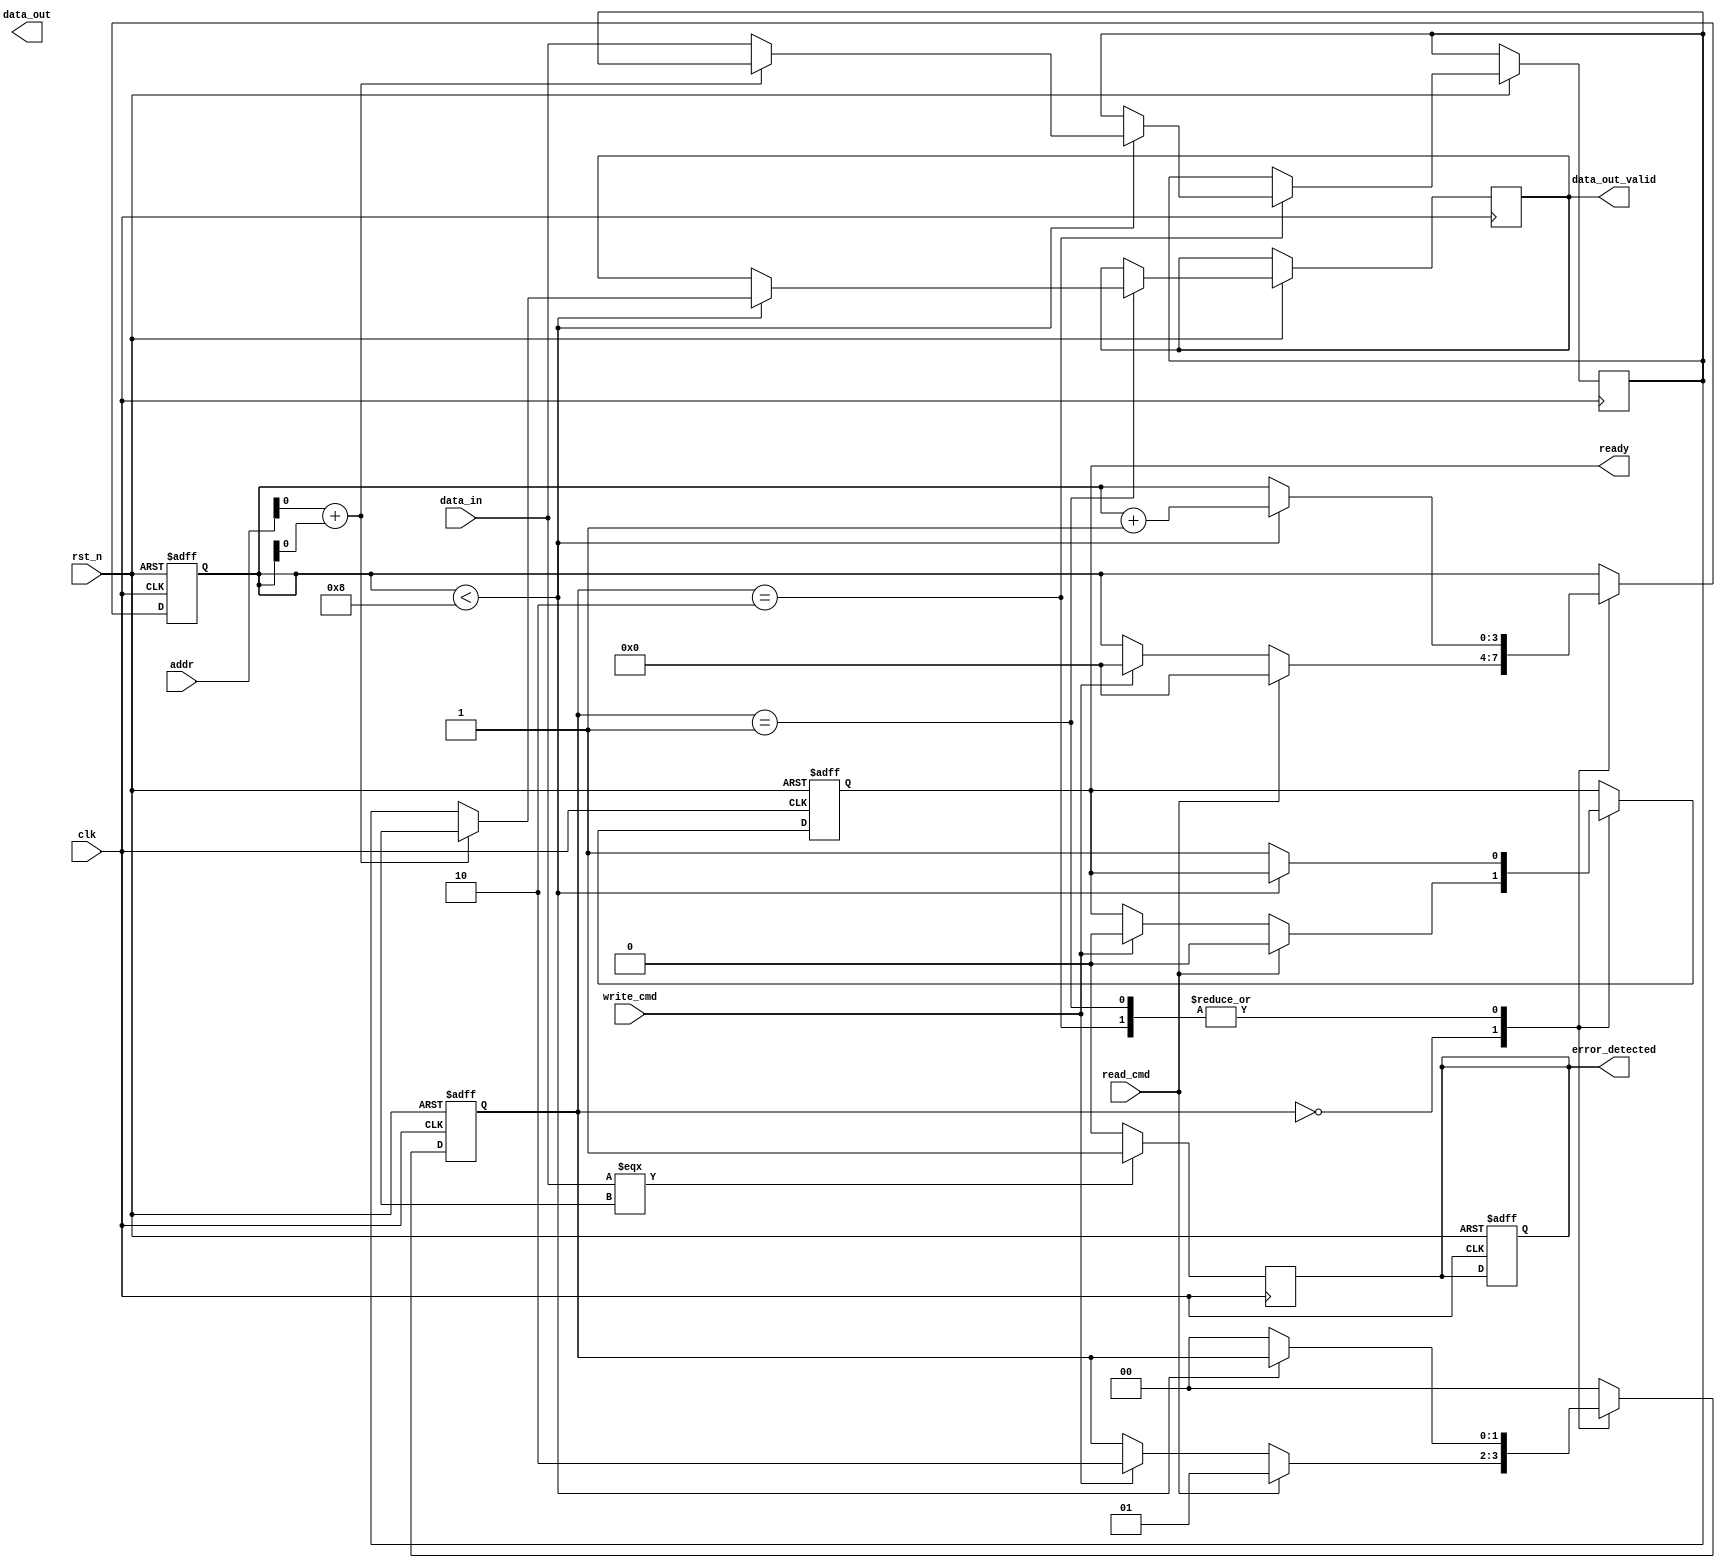
module gddr_io_block #(
    parameter DATA_WIDTH = 64,         // Configurable data bus width (32, 64)
    parameter BURST_LENGTH = 8,        // Configurable burst length (4, 8, 16)
    parameter ADDR_WIDTH = 32           // Address width
)(
    input wire clk,                    // System clock
    input wire rst_n,                  // Active low reset
    input wire [ADDR_WIDTH-1:0] addr,  // Address bus
    input wire [DATA_WIDTH-1:0] data_in, // Data input bus
    output reg [DATA_WIDTH-1:0] data_out, // Data output bus
    input wire read_cmd,               // Read command signal
    input wire write_cmd,              // Write command signal
    output reg ready,                  // Ready signal for the controller
    output reg [DATA_WIDTH-1:0] data_out_valid, // Valid data output
    output reg error_detected          // Error detection signal
);

// Internal signals
reg [DATA_WIDTH-1:0] memory [0:2**ADDR_WIDTH-1]; // Memory array
reg [3:0] burst_counter; // Burst counter for read/write operations
reg [1:0] state;         // State machine for command processing

// State definitions
localparam IDLE = 2'b00;
localparam READ = 2'b01;
localparam WRITE = 2'b10;

// Asynchronous reset and state machine
always @(posedge clk or negedge rst_n) begin
    if (!rst_n) begin
        state <= IDLE;
        ready <= 1'b1;
        burst_counter <= 0;
        error_detected <= 1'b0;
    end else begin
        case (state)
            IDLE: begin
                if (read_cmd) begin
                    state <= READ;
                    ready <= 1'b0;
                    burst_counter <= 0;
                end else if (write_cmd) begin
                    state <= WRITE;
                    ready <= 1'b0;
                    burst_counter <= 0;
                end
            end
            
            READ: begin
                if (burst_counter < BURST_LENGTH) begin
                    data_out_valid <= memory[addr + burst_counter];
                    burst_counter <= burst_counter + 1;
                end else begin
                    state <= IDLE;
                    ready <= 1'b1;
                end
            end
            
            WRITE: begin
                if (burst_counter < BURST_LENGTH) begin
                    memory[addr + burst_counter] <= data_in;
                    burst_counter <= burst_counter + 1;
                end else begin
                    state <= IDLE;
                    ready <= 1'b1;
                end
            end
            
            default: state <= IDLE;
        endcase
    end
end

// Error detection logic (simple example)
always @(posedge clk) begin
    if (data_in === {DATA_WIDTH{1'bx}}) begin
        error_detected <= 1'b1; // Detect invalid data
    end else begin
        error_detected <= 1'b0;
    end
end

endmodule